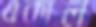
একাল